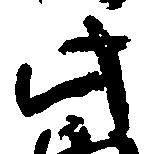
此